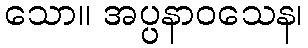
သော။ အပ္ပနာဝသေန၊